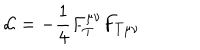
LaTeX: { \cal L } = - \frac 1 4 F _ { T } ^ { \mu \nu } F _ { T \mu \nu }